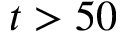
t > 5 0